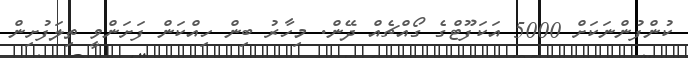
ކުންފުންނަކަށް 5000 އަކަފޫޓްގެ ގޯއްޗެއް ދޭން. މިހާރު ބިން ހިއްކަން ފަށަންވީ ތިލަފުށިން